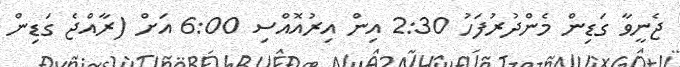
ޖެނީވާ ގަޑިން މެންދުރުފަހު 2:30 އިން އިރުއޮއްސި 6:00 އަށް (ރާއްޖެ ގަޑިން